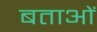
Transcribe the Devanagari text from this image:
बताओं